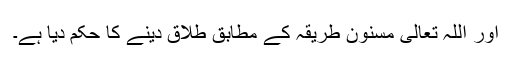
اور اللہ تعالیٰ مسنون طریقہ کے مطابق طلاق دینے کا حکم دیا ہے۔